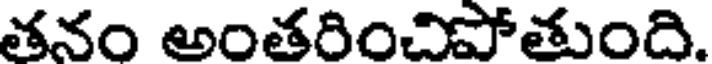
తనం అంతరించిపోతుంది.